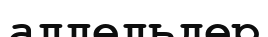
аллельдер